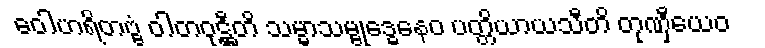
ဝေါဟရိတဗ္ဗံ ဝါတဝုဋ္ဌီတိ သမ္မာသမ္ဗုဒ္ဓေနေဝ ပတ္တိယာယသီတိ တုဏှီယေဝ